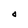
Character: O